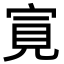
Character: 㝟